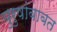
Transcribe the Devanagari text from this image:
पुरुषांबाबत